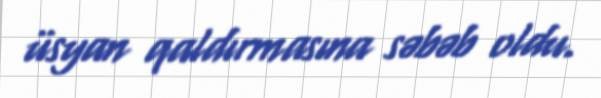
üsyan qaldırmasına səbəb oldu.